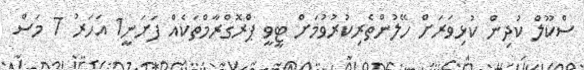
ސްކޫލް ކުދިން ކުޅިވަރަށް ހޭލުންތެރިކުރުވުމަށް ޓީވީ ޕްރޮގްރާމްތަކެއް ފަށަނީ1 އަހަރު 7 މަސް